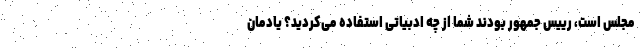
مجلس است، رییس جمهور بودند شما از چه ادبیاتی استفاده می‌کردید؟ یادمان